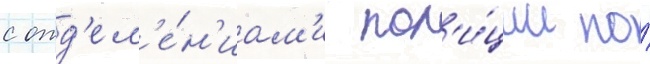
с отд'ел'е́н'иам'и пол'и́ции по́